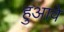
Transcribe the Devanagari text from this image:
हुआवे